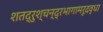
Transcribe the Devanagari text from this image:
शतद्रुश्चन्द्रभागामरूदवृधा